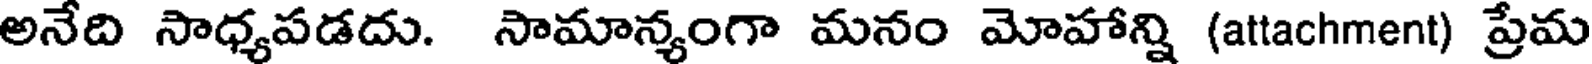
అనేది సాధ్యపడదు. సామాన్యంగా మనం మోహాన్ని (attachment) ప్రేమ